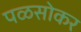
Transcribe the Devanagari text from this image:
पळसोकर